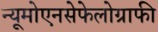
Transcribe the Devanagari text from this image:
न्यूमोएनसेफेलोग्राफी